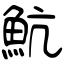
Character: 魧